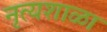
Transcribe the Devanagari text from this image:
नृत्यशाळा